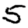
Digit: 5